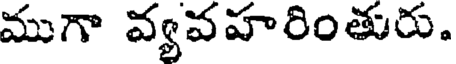
ముగా వ్యవహరింతురు.